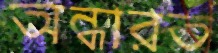
অন্ধারত